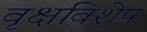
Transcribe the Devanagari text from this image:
वृक्षविशेष